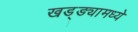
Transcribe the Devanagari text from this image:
खड्ड्यामध्ये